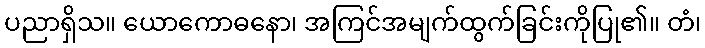
ပညာရှိသ။ ယောကောဓနော၊ အကြင်အမျက်ထွက်ခြင်းကိုပြု၏။ တံ၊